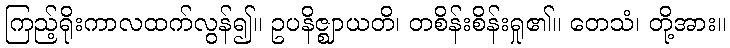
ကြည့်ရိုးကာလထက်လွန်၍။ ဥပနိဇ္ဈာယတိ၊ တစိန်းစိန်းရှု၏။ တေသံ၊ တို့အား။